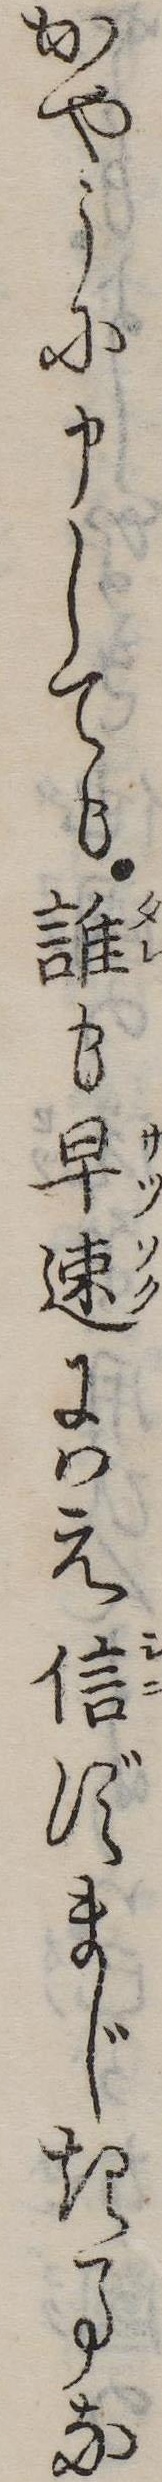
かやうに申しても誰も早速にはえ信ずまじき事な